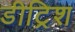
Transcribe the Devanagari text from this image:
डीट्रिश